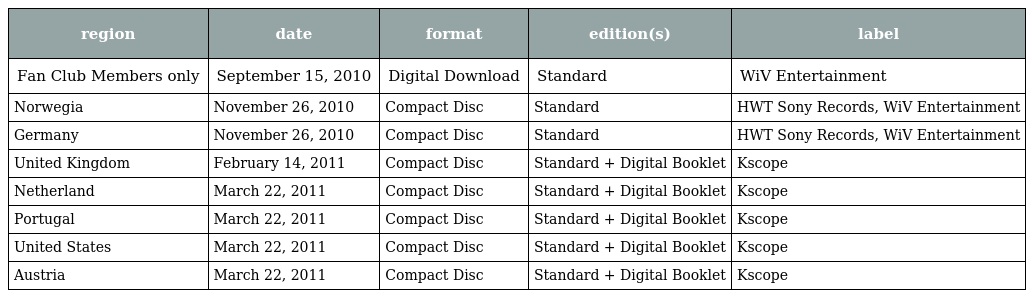
| region | date | format | edition(s) | label |
 | --- | --- | --- | --- | --- |
 | Fan Club Members only | September 15, 2010 | Digital Download | Standard | WiV Entertainment |
 | Norwegia | November 26, 2010 | Compact Disc | Standard | HWT Sony Records, WiV Entertainment |
 | Germany | November 26, 2010 | Compact Disc | Standard | HWT Sony Records, WiV Entertainment |
 | United Kingdom | February 14, 2011 | Compact Disc | Standard + Digital Booklet | Kscope |
 | Netherland | March 22, 2011 | Compact Disc | Standard + Digital Booklet | Kscope |
 | Portugal | March 22, 2011 | Compact Disc | Standard + Digital Booklet | Kscope |
 | United States | March 22, 2011 | Compact Disc | Standard + Digital Booklet | Kscope |
 | Austria | March 22, 2011 | Compact Disc | Standard + Digital Booklet | Kscope |